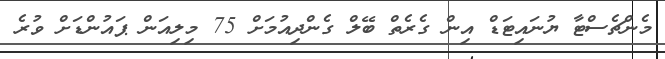
މެންޗެސްޓާ ޔުނައިޓަޑް އިން ގެރެތް ބޭލް ގެންދިއުމަށް 75 މިލިއަން ޕައުންޑަށް ވުރެ